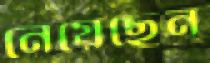
নেয়েছেন